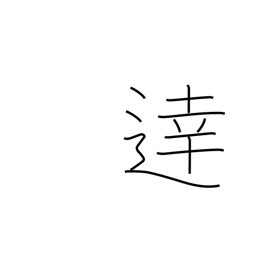
Meaning: intelligent